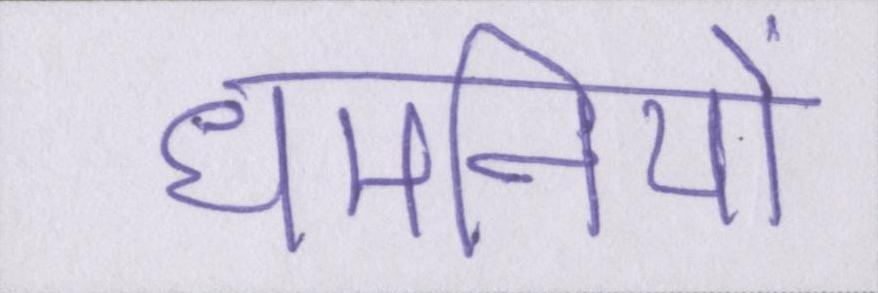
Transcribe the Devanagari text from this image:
धमनियों